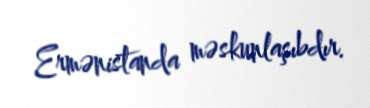
Ermənistanda məskunlaşıbdır.